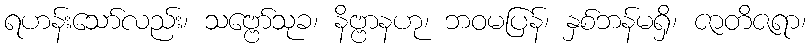
ရဟန်းသော်လည်း၊ သဗ္ဗော်သုခ၊ နိဗ္ဗာနဟု၊ ဘဝမပြန်၊ နှစ်ဘန်မရှိ၊ ဇာတိဇရာ၊